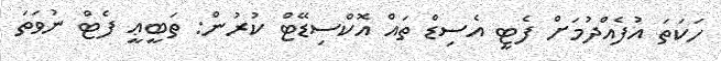
ހަކަތަ އުފެއްދުމަށް ފެޓީ އެސިޑް ތައް އޮކްސިޑޭޓް ކުރުން: ތަބީޢީ ފެޓް ނުވަތަ